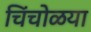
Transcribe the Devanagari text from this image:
चिंचोळया